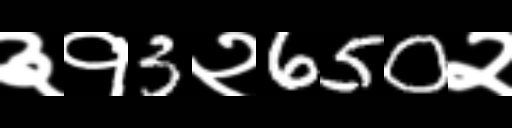
Text: ३१3२650२